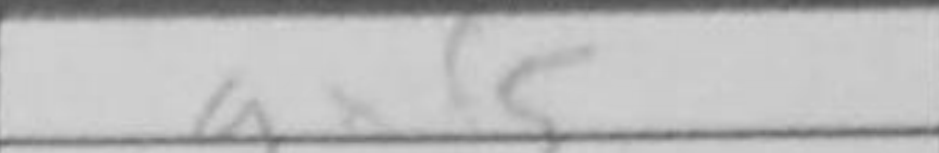
Transcription: gxf5